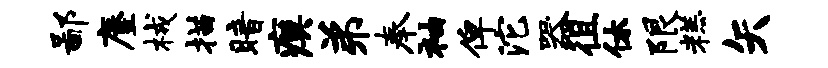
鄙麈械描暗瘼弟奉袖俾沱器徂休限糕矢